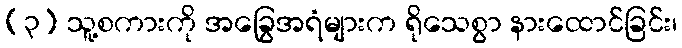
(၃) သူ့စကားကို အခြွေအရံများက ရိုသေစွာ နားထောင်ခြင်း၊